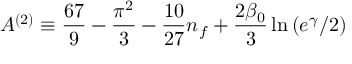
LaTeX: A ^ { ( 2 ) } \equiv \frac { 6 7 } { 9 } - \frac { \pi ^ { 2 } } { 3 } - \frac { 1 0 } { 2 7 } n _ { f } + \frac { 2 \beta _ { 0 } } { 3 } \ln \left( e ^ { \gamma } / 2 \right)